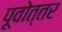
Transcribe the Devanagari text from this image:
पूवोत्तर